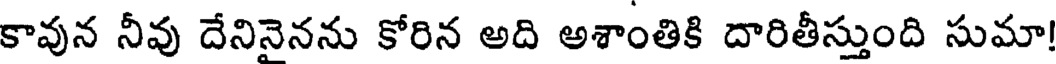
కావున నీవు దేనినైనను కోరిన అది అశాంతికి దారితీస్తుంది సుమా!